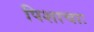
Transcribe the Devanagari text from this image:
पिशाचाः